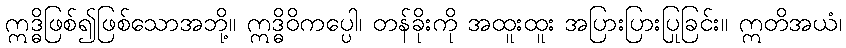
ဣဒ္ဓိဖြစ်၍ဖြစ်သောအဘို့။ ဣဒ္ဓိဝိကပ္ပေါ၊ တန်ခိုးကို အထူးထူး အပြားပြားပြုခြင်း။ ဣတိအယံ၊